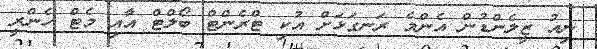
ނިއު ޒީލެންޑުން އެންމެ ރަނގަޅަށް އުކި ޓްރެންޓް ބޯލްޓް އާއި މެޓް ހެންރީ